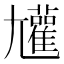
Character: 𡰝